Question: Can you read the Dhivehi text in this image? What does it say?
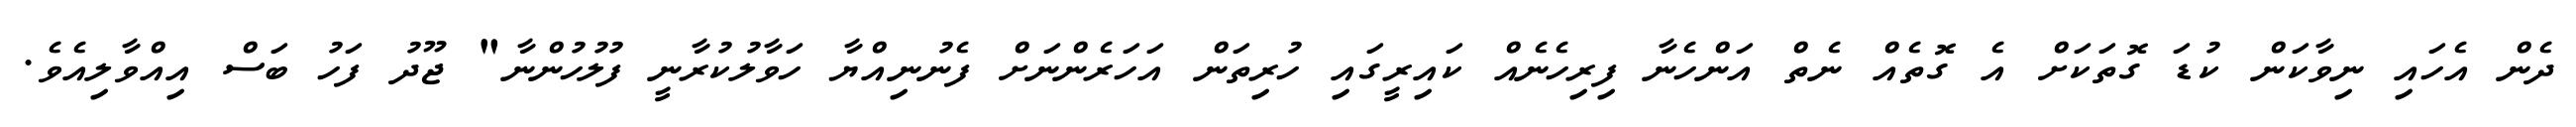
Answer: ދެން އެހައި ނިވާކަން ކުޑަ ގޮތަކަށް އެ ގޮތެއް ނެތް އަންހެނާ ފިރިހެނެއް ކައިރީގައި ހުރިތަން އަހަރެންނަށް ފެނުނިއްޔާ ހަވާލުކުރާނީ ފުލުހުންނާ" ޖޫދު ފަހު ބަސް އިއްވާލިއެވެ.